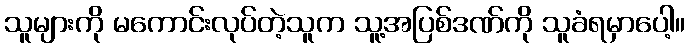
သူများကို မကောင်းလုပ်တဲ့သူက သူ့အပြစ်ဒဏ်ကို သူခံရမှာပေါ့။